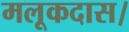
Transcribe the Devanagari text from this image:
मलूकदास।